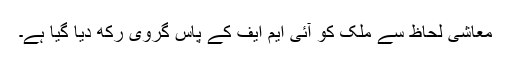
معاشی لحاظ سے ملک کو آئی ایم ایف کے پاس گروی رکھ دیا گیا ہے۔